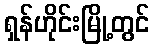
ရှန်ဟိုင်းမြို့တွင်